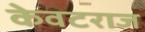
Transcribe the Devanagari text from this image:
केवटराज